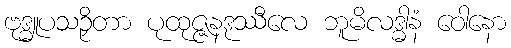
ဗုဒ္ဓူပသဉှိတာ ပုထုဇ္ဇနဒုဿီလေ ဘူမိလဒ္ဓါနံ ဝေါနော